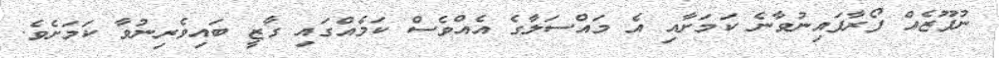
ނުފޫޒެއް ފޯރާފައިނުވާނެ ކަމަށާއި އެ މައްސަލާގެ އެއްވެސް ކަމެއްގައި ގާޒީ ބައިވެރިނުވާ ކަމަށެވެ.